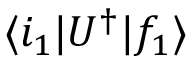
\langle i _ { 1 } | U ^ { \dagger } | f _ { 1 } \rangle